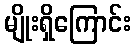
မျိုးရှိကြောင်း